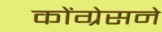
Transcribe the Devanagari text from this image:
कोंग्रेसने